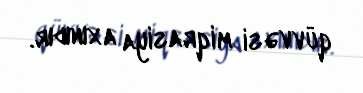
qüvvəsi miqrasiya axınıdır.